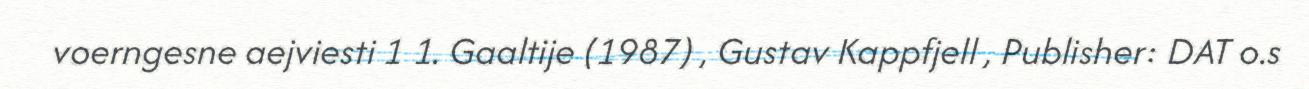
voerngesne aejviesti 1 1. Gaaltije (1987) , Gustav Kappfjell , Publisher: DAT o.s